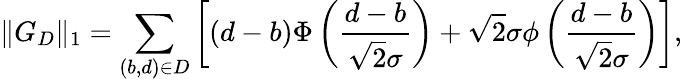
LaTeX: \| G_{D}\| _{1}=\sum_{(b,d)\in D}\left[(d-b)\Phi\left(\frac{d-b}{\sqrt{2}\sigma}\right)+\sqrt{2}\sigma\phi\left(\frac{d-b}{\sqrt{2}\sigma}\right)\right],